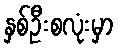
နှစ်ဦးစလုံးမှာ